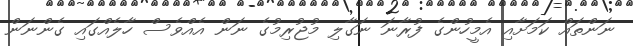
ނަންތައް ކަމަށާއި އެމީހުންގެ ފުރާނަ ނަގާލި މުޖުރިމުގެ ނަން އެއްވެސް ހާލެއްގައި ގެންނަން